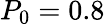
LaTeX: P_{0}=0.8